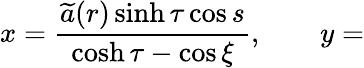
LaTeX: x=\frac{\widetilde{a}(r)\sinh\tau\cos s}{\cosh\tau-\cos\xi},\qquad y=